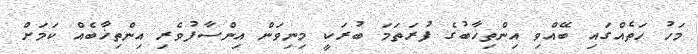
މަހު ހަތެއްގައި ބޭއްވި އިންތިޚާބުގެ ފުރަތަމަ ބުރަކީ މިނިވަން އިންސާފުވެރި އިންތިޚާބެއް ކަމަށް